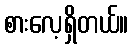
စားလေ့ရှိတယ်။